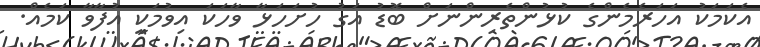
އެކަމަކު އަހަރެމެންގެ ކުޅުންތެރިންނަށް ބޮޑު އަގު ހުށަހަޅާ ވާހަކަ އިވުމަކީ އުފާވާ ކަމެއް.